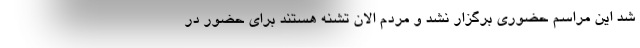
شد این مراسم حضوری برگزار نشد و مردم الان تشنه هستند برای حضور در